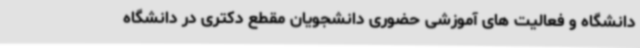
دانشگاه و فعالیت های آموزشی حضوری دانشجویان مقطع دکتری در دانشگاه